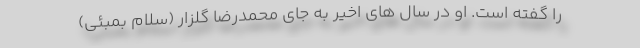
را گفته است. او در سال های اخیر به جای محمدرضا گلزار (سلام بمبئی)